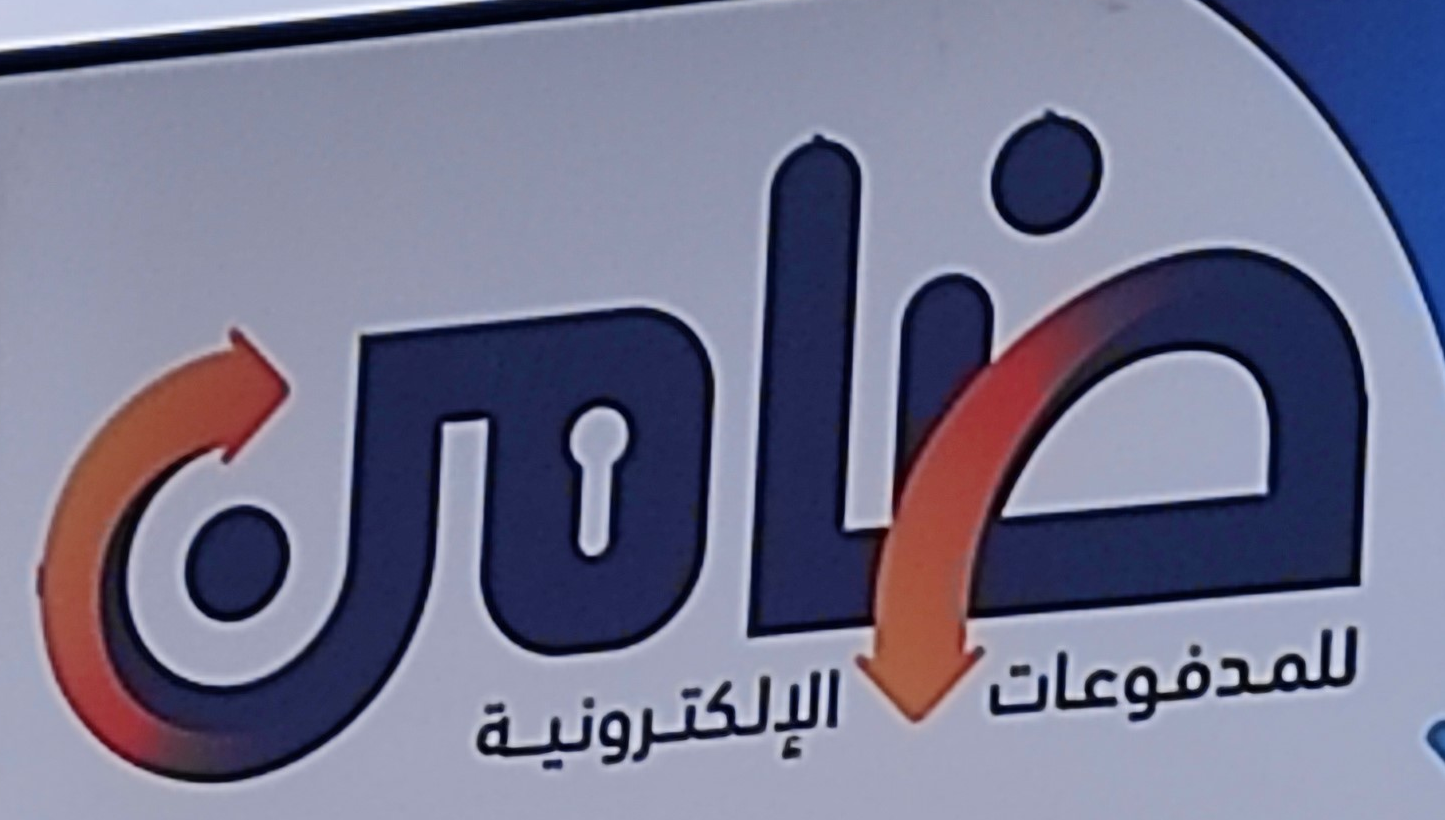
ضامن